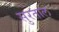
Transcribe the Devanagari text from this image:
सुरताल